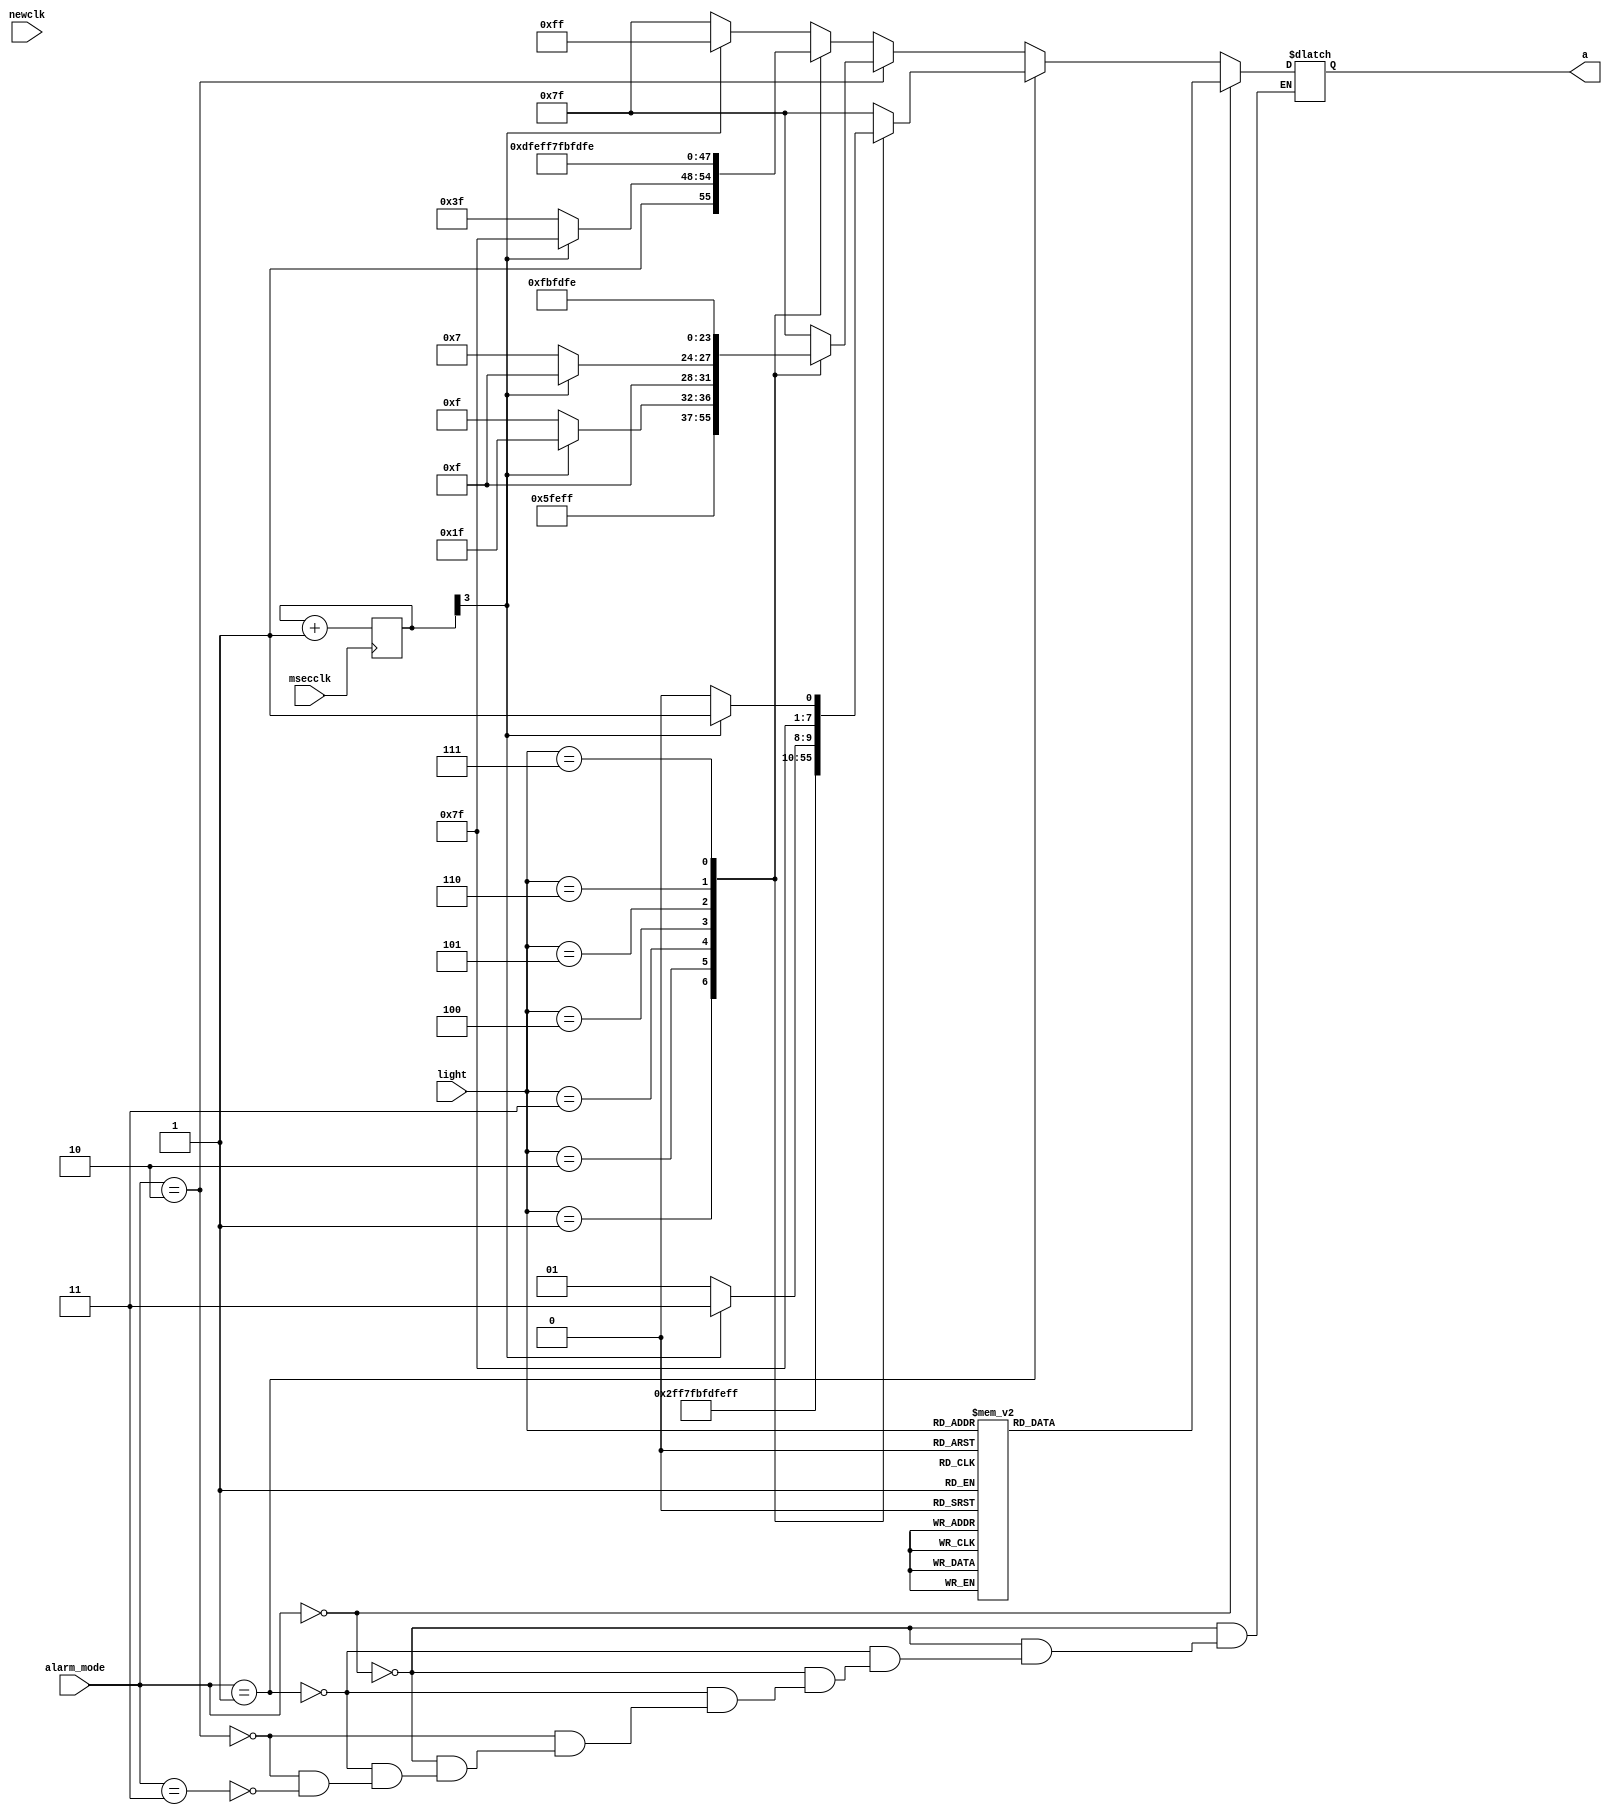
`timescale 1ns / 1ps

module shower(
    input [2:0]light,
    input newclk,
    input msecclk,
    input [2:0]alarm_mode,
    output reg [7:0]a
);

reg[8:0]counter = 0;
always @(posedge msecclk)
  counter <= counter + 1;  //

always @(light)
  begin 
    if(alarm_mode == 0)//
    begin
      case(light)
        0 : a = 8'b01111111;
        1 : a = 8'b10111111;
        2 : a = 8'b11011111;
        3 : a = 8'b11101111;
        4 : a = 8'b11110111;
        5 : a = 8'b11111011;
        6 : a = 8'b11111101;
        7 : a = 8'b11111110;
        default : a = 8'b11111111;
         endcase
    end

    else if(alarm_mode == 1)//
    begin
      case(light)
        0 : a = 8'b01111111;
        1 : a = 8'b10111111;
        2 : a = 8'b11011111;
        3 : a = 8'b11101111;      
        4 : a = 8'b11110111;
        5 : a = 8'b11111011;
        6 : 
      if(counter[3] == 0)
        a = 8'b11111101;
      else
        a = 8'b11111111;
        7 :
      if(counter[3] == 0)
        a = 8'b11111110;
      else
        a = 8'b11111111;
        
        default : a = 8'b11111111;
         endcase
    end

    else if(alarm_mode == 2)//
     begin
      case(light)
        0 : a = 8'b01111111;
        1 : a = 8'b10111111;
        2 : a = 8'b11011111;
        3 :  
         if(counter[3] == 0)
            a = 8'b11101111;
          else
            a = 8'b11111111; 

        4 :
        if(counter[3] == 0)
          a = 8'b11110111;
        else
          a = 8'b11111111;
        5 : a = 8'b11111011;
        6 : a = 8'b11111101;
        7 : a = 8'b11111110;
        default : a = 8'b11111111;
         endcase
    end

  else if(alarm_mode == 3)//
    begin
      case(light)
        0 :   
        if(counter[3] == 0)
            a = 8'b01111111;
          else
            a = 8'b11111111;

        1 :   
        if(counter[3] == 0)
            a = 8'b10111111;
          else
            a = 8'b11111111;

        2 : a = 8'b11011111;
        3 : a = 8'b11101111;      
        4 : a = 8'b11110111;
        5 : a = 8'b11111011;
        6 : a = 8'b11111101;
        7 : a = 8'b11111110;
        default : a = 8'b11111111;
         endcase
      end
    end
    
    endmodule